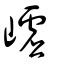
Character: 㠊